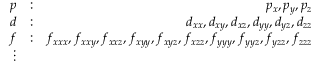
\begin{array} { r l r } { p } & { : } & { p _ { x } , p _ { y } , p _ { z } } \\ { d } & { : } & { d _ { x x } , d _ { x y } , d _ { x z } , d _ { y y } , d _ { y z } , d _ { z z } } \\ { f } & { : } & { f _ { x x x } , f _ { x x y } , f _ { x x z } , f _ { x y y } , f _ { x y z } , f _ { x z z } , f _ { y y y } , f _ { y y z } , f _ { y z z } , f _ { z z z } } \\ { \vdots } \end{array}